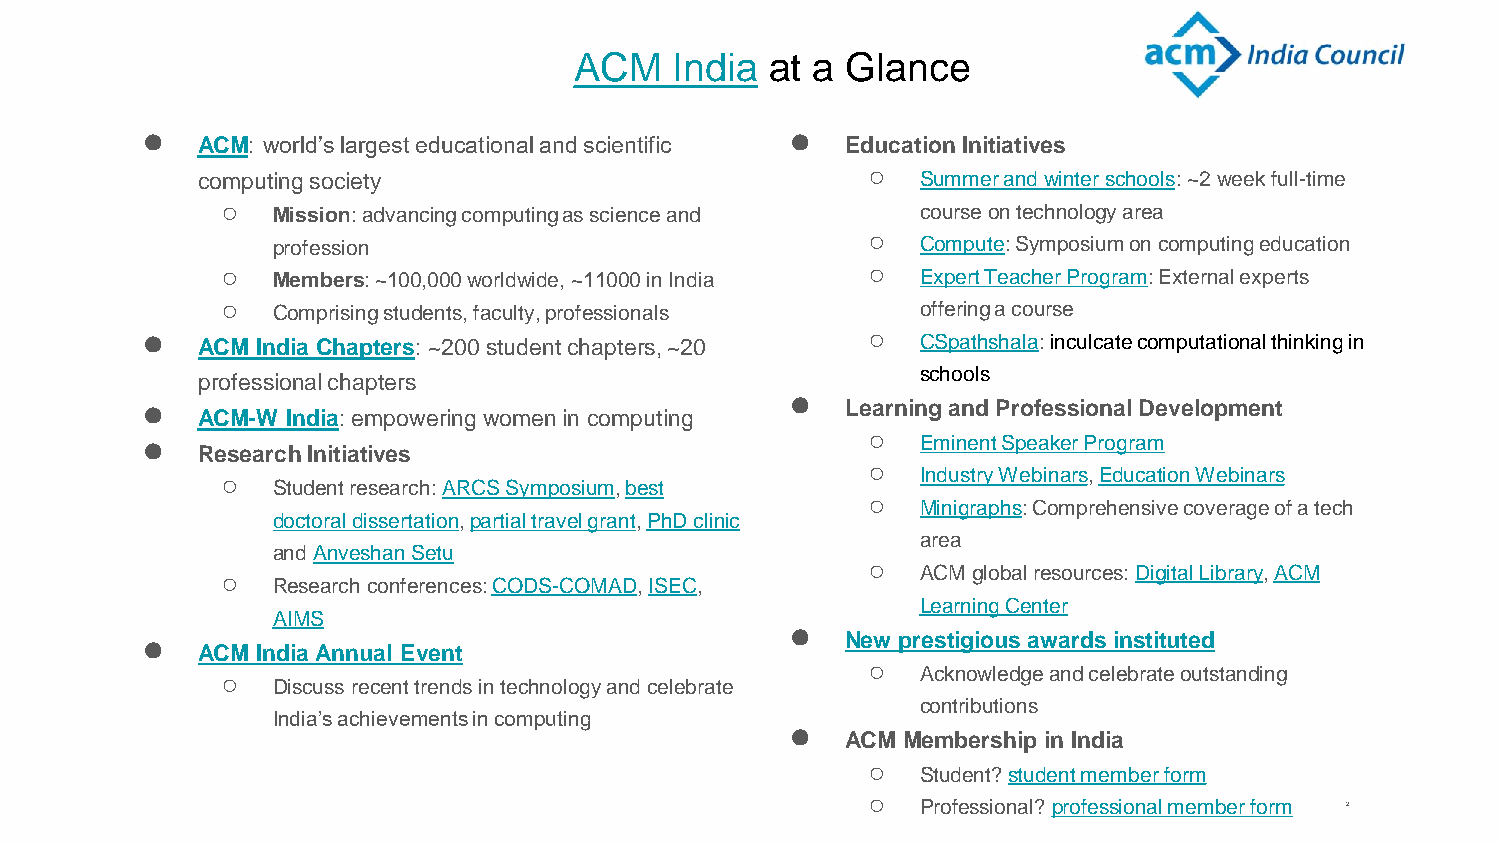
ACM   India  at a Glance
 ●                                          ●
 ACM: world’s largest educational and scientific Education Initiatives
 ○
 computing society                               Summer and winter schools: ~2 week full-time
 ○  Mission: advancing computing as science and course on technology area
 ○
 profession                                 Compute: Symposium on computing education
 ○  Members: ~100,000 worldwide, ~11000 in India ○ Expert Teacher Program: External experts
 ○  Comprising students, faculty, professionals offering a course
 ●                                               ○
 ACM India Chapters: ~200 student chapters, ~20  CSpathshala: inculcate computational thinking in
 schools
 professional chapters
 ●
 ●                                              Learning and Professional Development
 ACM-W India: empowering women in computing
 ●                                               ○   Eminent Speaker Program
 Research Initiatives
 ○
 Industry Webinars, Education Webinars
 ○
 Student research: ARCS Symposium, best
 ○
 Minigraphs: Comprehensive coverage of a tech
 doctoral dissertation, partial travel grant, PhD clinic
 area
 and Anveshan Setu
 ○
 ACM global resources: Digital Library, ACM
 ○
 Research conferences: CODS-COMAD, ISEC,
 Learning Center
 AIMS
 ●
 ●                                              New prestigious awards instituted
 ACM India Annual Event
 ○
 Acknowledge and celebrate outstanding
 ○
 Discuss recent trends in technology and celebrate
 contributions
 India’s achievements in computing
 ●
 ACM Membership in India
 ○
 Student? student member form
 ○
 Professional? professional member form 2